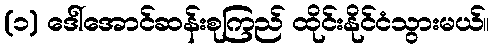
(၁) ဒေါ်အောင်ဆန်းစုကြည် ထိုင်းနိုင်ငံသွားမယ်။